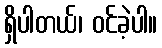
ရှိပါတယ်၊ ဝင်ခဲ့ပါ။